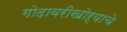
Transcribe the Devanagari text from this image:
गोदावरीखोऱ्याचे